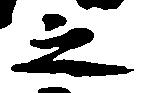
之